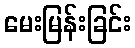
မေးမြန်းခြင်း